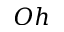
O h